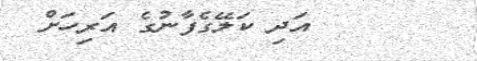
٩٩      އަދި ކަލޭގެފާނުގެ އަރިހަށް